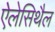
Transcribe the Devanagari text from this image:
ऐलेसिथैल